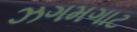
ઝગમગાટ